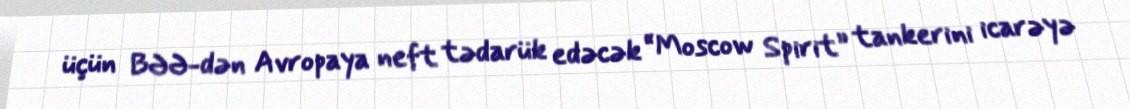
üçün BƏƏ-dən Avropaya neft tədarük edəcək “Moscow Spirit” tankerini icarəyə